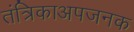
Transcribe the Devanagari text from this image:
तंत्रिकाअपजनक